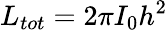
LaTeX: L_{tot}=2\pi I_{0}h^{2}